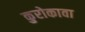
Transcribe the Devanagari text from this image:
कुरोकावा